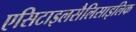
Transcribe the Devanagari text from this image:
एसिटाइलसैलिसाइलिक